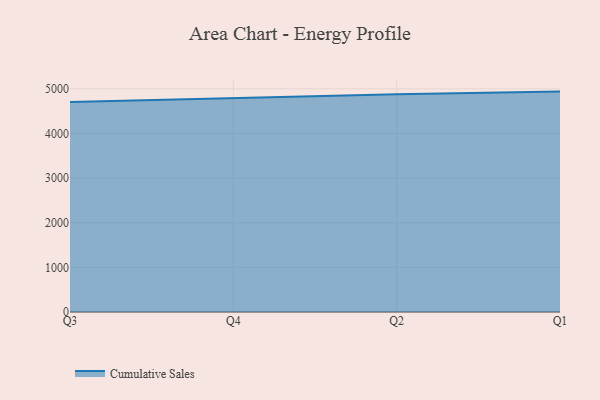
{"axis": {"x": "Quarter", "y": "Revenue (USD Million)"}, "legend": ["Cumulative Sales"], "data": [{"x": "Q3", "y": 4702.1, "type": "Cumulative Sales"}, {"x": "Q4", "y": 4792.9, "type": "Cumulative Sales"}, {"x": "Q2", "y": 4876.1, "type": "Cumulative Sales"}, {"x": "Q1", "y": 4937.9, "type": "Cumulative Sales"}]}